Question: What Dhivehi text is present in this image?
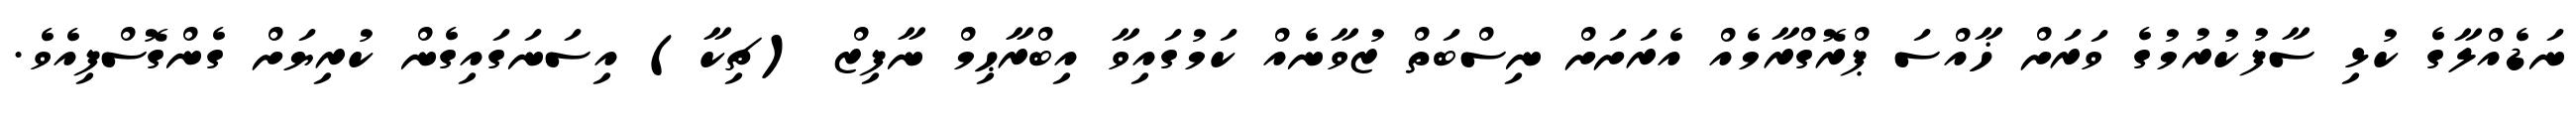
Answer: ނަޑެއްލާގެ ކުޅި ސާފުކުރުމުގެ ވަރަށް ޚާއްސަ ޕްރޮގްރާމެއް އެރަށަށް ނިސްބަތް ޒުވާނެއް ކަމުގައިވާ އިބްރާޙިމް ނާފިޒް (ޗިކާ) އިސަނަގައިގެން ކުރިޔަށް ގެންގޮސްފިއެވެ.